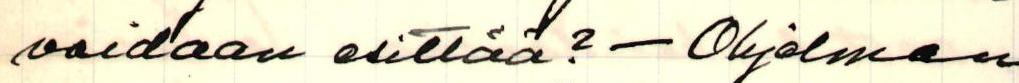
voidaan esittää? - Ohjelman